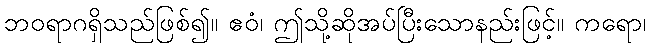
ဘဝရာဂရှိသည်ဖြစ်၍။ ဧဝံ၊ ဤသို့ဆိုအပ်ပြီးသောနည်းဖြင့်။ ကရော၊